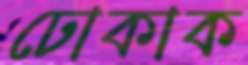
ঢোকাক